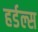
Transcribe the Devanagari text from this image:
हर्डल्स